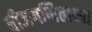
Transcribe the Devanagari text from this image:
बीजगणिताच्या